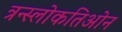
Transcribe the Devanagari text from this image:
त्रन्स्लोकतिओन